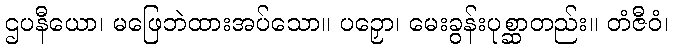
ဌပနီယော၊ မဖြေဘဲထားအပ်သော။ ပဉှော၊ မေးခွန်းပုစ္ဆာတည်း။ တံဇီဝံ၊